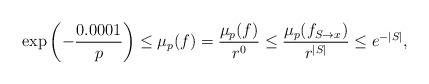
LaTeX: \begin{align*} \exp \left(-\frac{0.0001}{p} \right) \leq \mu_p(f) = \frac{\mu_p(f)}{r^{0}} \leq \frac{\mu_p(f_{S \rightarrow x})}{r^{|S|}} \leq e^{-|S|}, \end{align*}